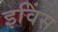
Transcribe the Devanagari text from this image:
इविंस